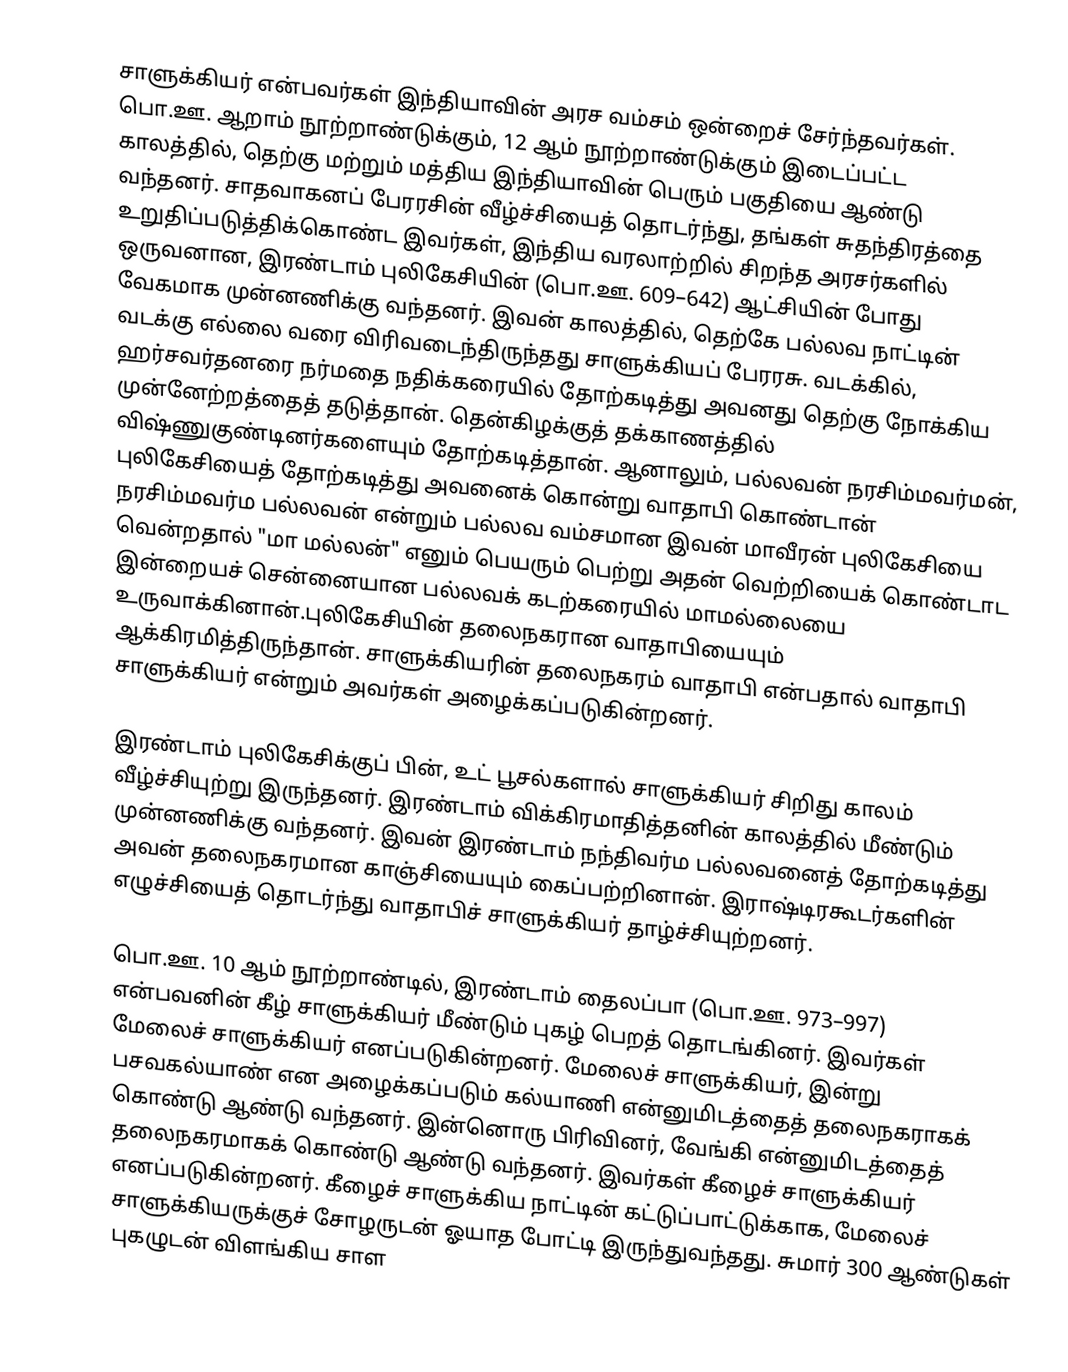
சாளுக்கியர் என்பவர்கள் இந்தியாவின் அரச வம்சம் ஒன்றைச் சேர்ந்தவர்கள். பொ.ஊ. ஆறாம் நூற்றாண்டுக்கும், 12 ஆம் நூற்றாண்டுக்கும் இடைப்பட்ட காலத்தில், தெற்கு மற்றும் மத்திய இந்தியாவின் பெரும் பகுதியை ஆண்டு வந்தனர். சாதவாகனப் பேரரசின் வீழ்ச்சியைத் தொடர்ந்து, தங்கள் சுதந்திரத்தை உறுதிப்படுத்திக்கொண்ட இவர்கள், இந்திய வரலாற்றில் சிறந்த அரசர்களில் ஒருவனான, இரண்டாம் புலிகேசியின் (பொ.ஊ. 609–642) ஆட்சியின் போது வேகமாக முன்னணிக்கு வந்தனர். இவன் காலத்தில், தெற்கே பல்லவ நாட்டின் வடக்கு எல்லை வரை விரிவடைந்திருந்தது சாளுக்கியப் பேரரசு. வடக்கில், ஹர்சவர்தனரை நர்மதை நதிக்கரையில் தோற்கடித்து அவனது தெற்கு நோக்கிய முன்னேற்றத்தைத் தடுத்தான். தென்கிழக்குத் தக்காணத்தில் விஷ்ணுகுண்டினர்களையும் தோற்கடித்தான். ஆனாலும், பல்லவன் நரசிம்மவர்மன், புலிகேசியைத் தோற்கடித்து அவனைக் கொன்று வாதாபி கொண்டான் நரசிம்மவர்ம பல்லவன் என்றும் பல்லவ வம்சமான இவன் மாவீரன் புலிகேசியை வென்றதால் "மா மல்லன்" எனும் பெயரும் பெற்று அதன் வெற்றியைக் கொண்டாட இன்றையச் சென்னையான பல்லவக் கடற்கரையில் மாமல்லையை உருவாக்கினான்.புலிகேசியின் தலைநகரான வாதாபியையும் ஆக்கிரமித்திருந்தான். சாளுக்கியரின் தலைநகரம் வாதாபி என்பதால் வாதாபி சாளுக்கியர் என்றும் அவர்கள் அழைக்கப்படுகின்றனர்.

இரண்டாம் புலிகேசிக்குப் பின், உட் பூசல்களால் சாளுக்கியர் சிறிது காலம் வீழ்ச்சியுற்று இருந்தனர். இரண்டாம் விக்கிரமாதித்தனின் காலத்தில் மீண்டும் முன்னணிக்கு வந்தனர். இவன் இரண்டாம் நந்திவர்ம பல்லவனைத் தோற்கடித்து அவன் தலைநகரமான காஞ்சியையும் கைப்பற்றினான். இராஷ்டிரகூடர்களின் எழுச்சியைத் தொடர்ந்து வாதாபிச் சாளுக்கியர் தாழ்ச்சியுற்றனர்.

பொ.ஊ. 10 ஆம் நூற்றாண்டில், இரண்டாம் தைலப்பா (பொ.ஊ. 973–997) என்பவனின் கீழ் சாளுக்கியர் மீண்டும் புகழ் பெறத் தொடங்கினர். இவர்கள் மேலைச் சாளுக்கியர் எனப்படுகின்றனர். மேலைச் சாளுக்கியர், இன்று பசவகல்யாண் என அழைக்கப்படும் கல்யாணி என்னுமிடத்தைத் தலைநகராகக் கொண்டு ஆண்டு வந்தனர். இன்னொரு பிரிவினர், வேங்கி என்னுமிடத்தைத் தலைநகரமாகக் கொண்டு ஆண்டு வந்தனர். இவர்கள் கீழைச் சாளுக்கியர் எனப்படுகின்றனர். கீழைச் சாளுக்கிய நாட்டின் கட்டுப்பாட்டுக்காக, மேலைச் சாளுக்கியருக்குச் சோழருடன் ஓயாத போட்டி இருந்துவந்தது. சுமார் 300 ஆண்டுகள் புகழுடன் விளங்கிய சாள